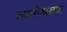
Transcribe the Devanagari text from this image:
त्यागेश्रवण